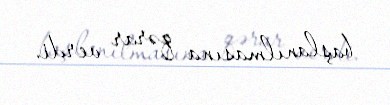
başlanılmasına qərar verdi.